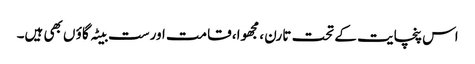
اس پنچایت کے تحت تارن ، مجھوا، قامت اورست بیٹہ گاؤ ں بھی ہیں۔